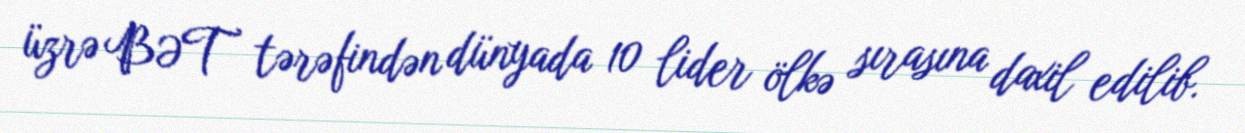
üzrə BƏT tərəfindən dünyada 10 lider ölkə sırasına daxil edilib.